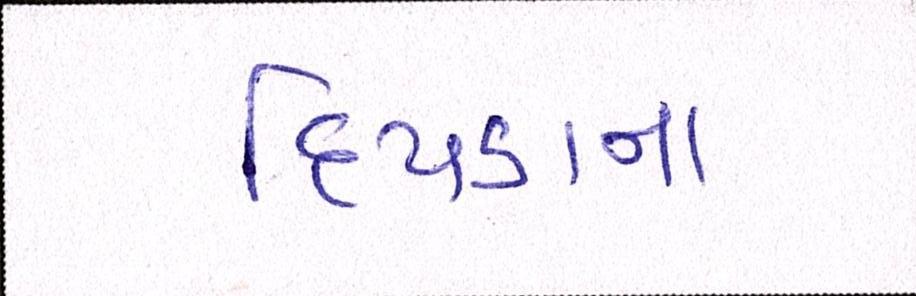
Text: દીપડાના